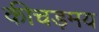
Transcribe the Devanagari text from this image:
कीचड़मय